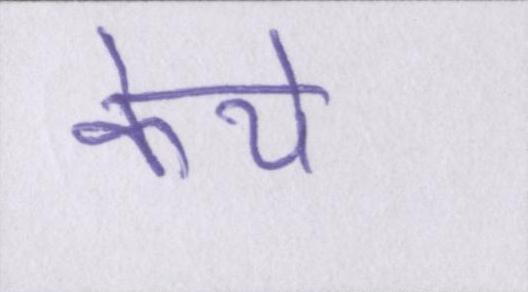
केये